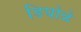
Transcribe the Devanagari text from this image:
डिघोळे